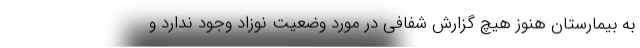
به بیمارستان هنوز هیچ گزارش شفافی در مورد وضعیت نوزاد وجود ندارد و